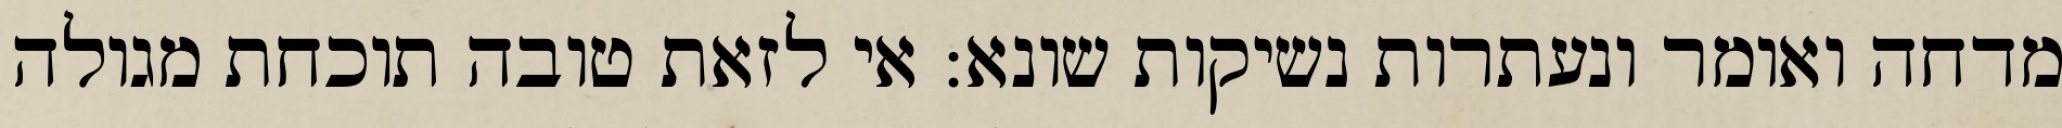
מדחה ואומר ונעתרות נשיקות שונא: אי לזאת טובה תוכחת מגולה